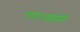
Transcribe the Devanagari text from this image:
एनएआईसी